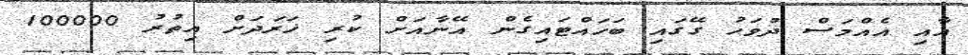
އާއި އެއްމަސް ދުވަހު ގޭގައި ބަހައްޓައިގެން އޭނާއަށް ކުރި ޚަރަދަށް އިތުރު 100000